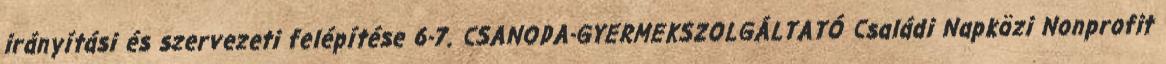
irányítási és szervezeti felépítése 6-7. CSANODA-GYERMEKSZOLGÁLTATÓ Családi Napközi Nonprofit